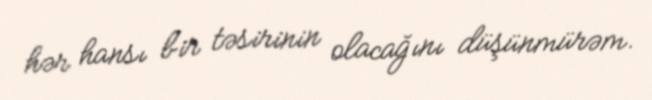
hər hansı bir təsirinin olacağını düşünmürəm.